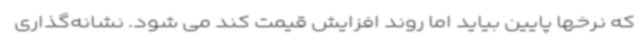
که نرخها پایین بیاید اما روند افزایش قیمت کند می شود. نشانه‌گذاری‌